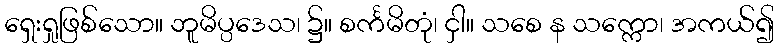
ရှေးရှုဖြစ်သော။ ဘူမိပ္ပဒေသ၊ ၌။ စင်္ကမိတုံ၊ ငှါ။ သစေ န သက္ကော၊ အကယ်၍